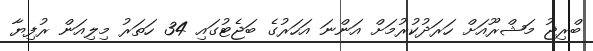
ބްރިޖު މަޝްރޫއަށް ހަރަދުކުރުމަށް އަންނަ އަހަރުގެ ބަޖެޓުގައި 34 ހަތަރު މިލިއަން ރުފިޔާ